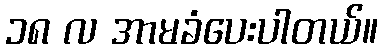
၁၈ လ အာမခံပေးပါတယ်။